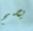
يصح